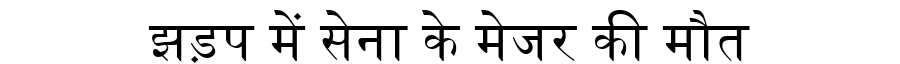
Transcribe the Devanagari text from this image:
झड़प में सेना के मेजर की मौत